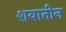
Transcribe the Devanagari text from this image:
शयातीन